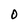
Character: O